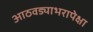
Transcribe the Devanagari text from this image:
आठवड्याभरापेक्षा